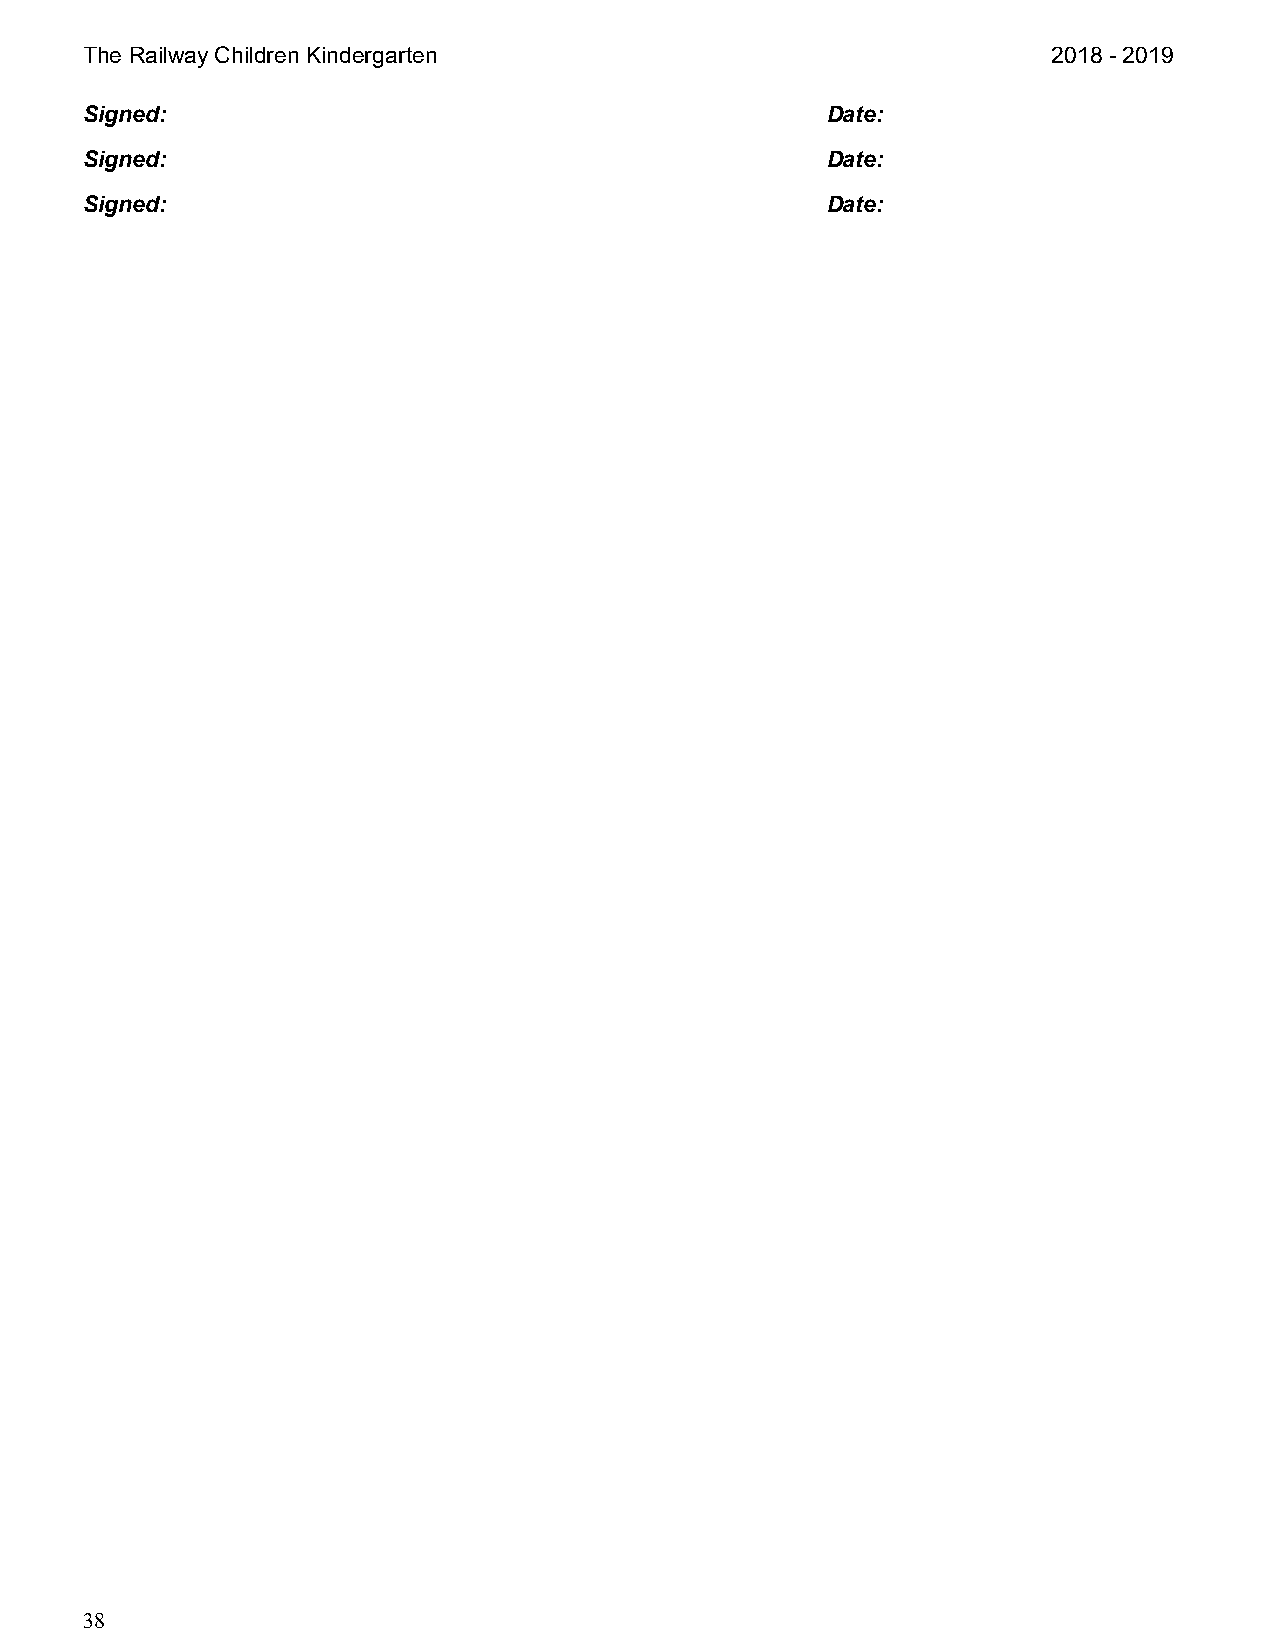
The Railway Children Kindergarten                                2018 - 2019
 Signed:                                           Date:
 Signed:                                           Date:
 Signed:                                           Date:
 38